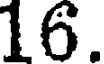
16.